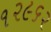
૧૨૯૬૨